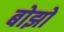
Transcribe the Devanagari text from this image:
बोझो